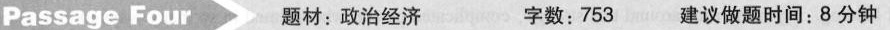
Passage Fou 题材:政治经济 字数:753 建议做题时间;8分钟